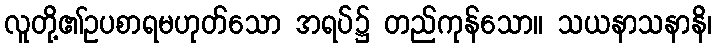
လူတို့၏ဥပစာရမဟုတ်သော အရပ်၌ တည်ကုန်သော။ သယနာသနာနိ၊